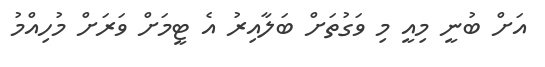
އަށް ބުނީ މިއީ މި ވަގުތަށް ބަލާއިރު އެ ޓީމަށް ވަރަށް މުހިއްމު